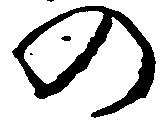
の